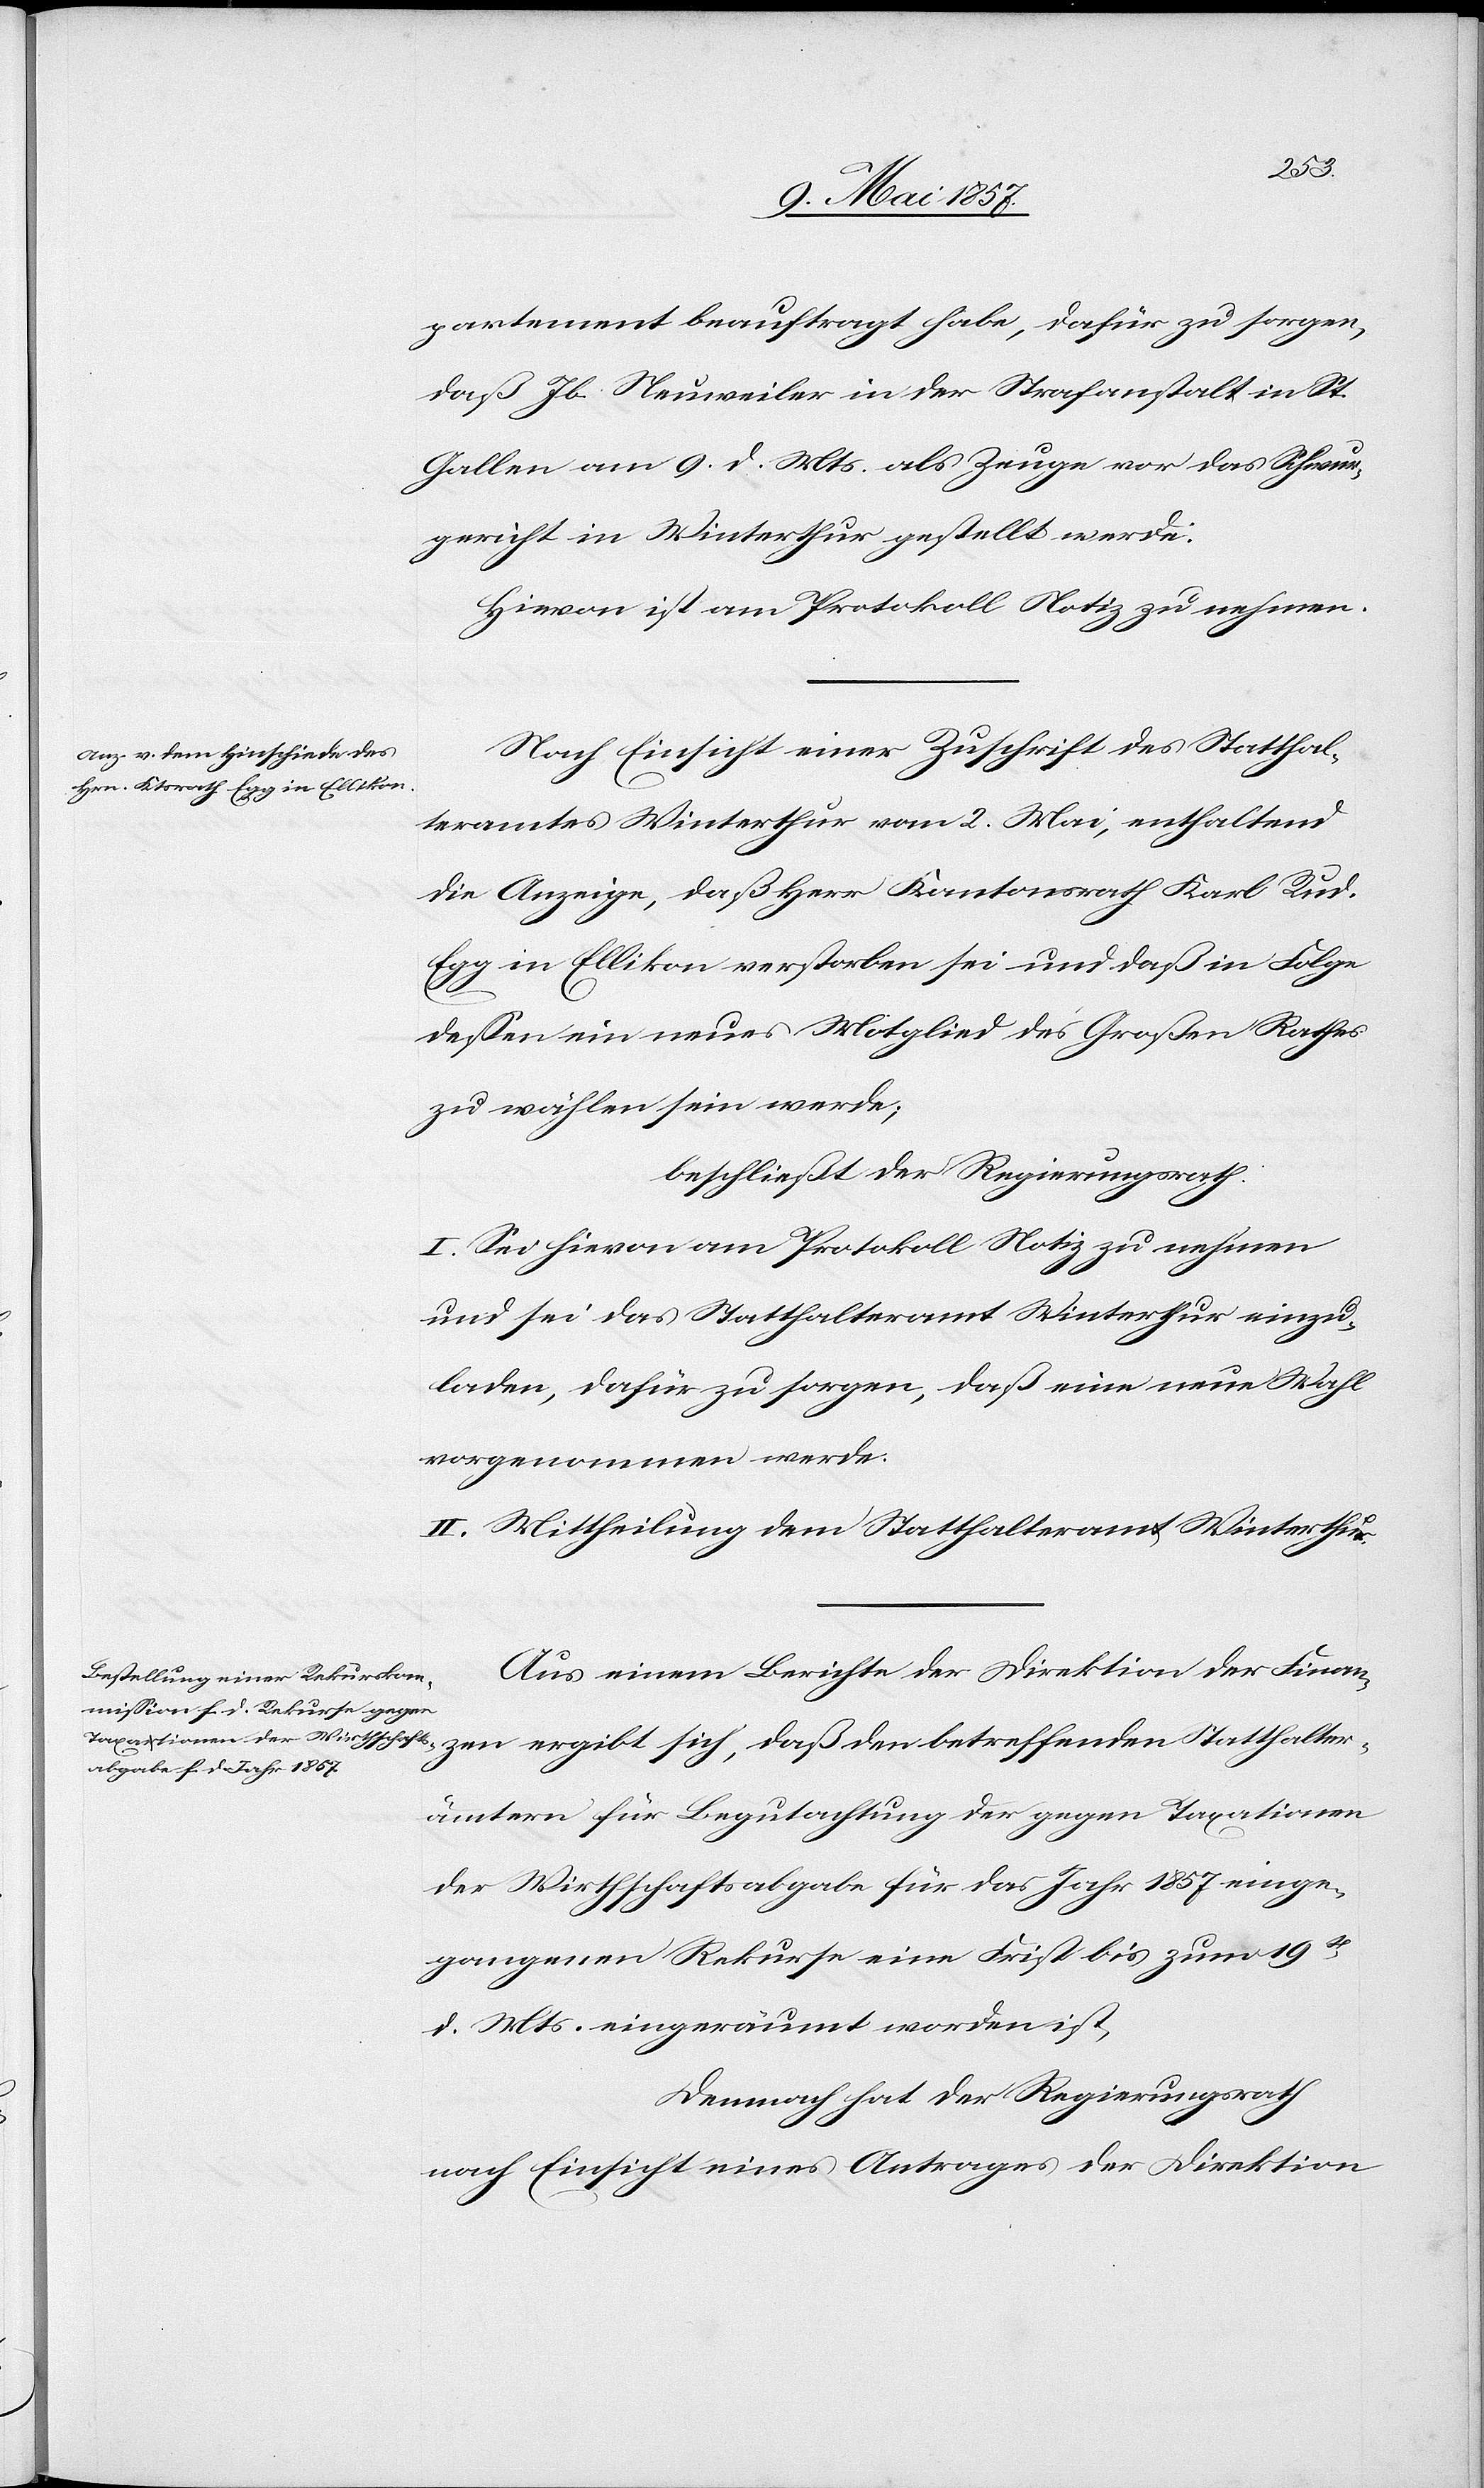
partement beauftragt habe, dafür zu sorgen,
daß Jb. Neuweiler in der Strafanstalt in St.
Gallen am 9 d. Mts. als Zeuge vor das Schwur¬
gericht in Winterthur gestellt werde:
Hievon ist am Protokoll Notiz zu nehmen.
Nach Einsicht einer Zuschrift des Statthal¬
teramtes Winterthur vom 2 Mai, enthaltend
die Anzeige, daß Herr Kantonsrath Karl Rud.
Egg in Ellikon verstorben sei und daß in Folge
deßen ein neues Mitglied des Großen Rathes
zu wählen sein werde;
beschließt der Regierungsrath:
I. Sei hievon am Protokoll Notiz zu nehmen
und sei das Statthalteramt Winterthur einzu¬
laden, dafür zu sorgen, daß eine neue Wahl
vorgenommen werde.
II. Mittheilung dem Statthalteramte Winterthur.
Aus einem Berichte der Direktion der Finan¬
zen ergibt sich, daß den betreffenden Statthalter¬
ämtern für Begutachtung der gegen Taxationen
der Wirthschaftsabgabe für das Jahr 1857 einge¬
gangenen Rekurse eine Frist bis zum 19t
d. Mts. eingeräumt worden ist,
Demnach hat der Regierungsrath
nach Einsicht eines Antrages der Direktion